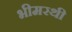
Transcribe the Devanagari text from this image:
भीमरथी